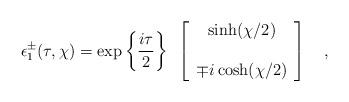
LaTeX: \begin{align*}\epsilon^{\pm}_1(\tau,\chi) =\exp\left\{{i\tau \over 2}\right\}~\left[ \begin{array} {c}\sinh(\chi/2)\\ \\\mp i\cosh(\chi/2)\end{array}\right]~~~,\end{align*}